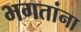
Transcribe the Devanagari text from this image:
भगतांना